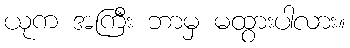
ယုက အကြီး ဘာမှ မထွားပါလား။